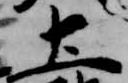
土